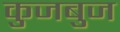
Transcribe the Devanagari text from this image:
कुजबुज